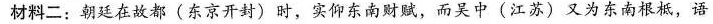
材料二：朝廷在故都(东京开封)时，实仰东南财赋，而吴中(江苏)又为东南根柢，语